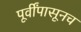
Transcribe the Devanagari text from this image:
पूर्वींपासूनच